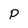
Character: P